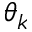
\theta _ { k }